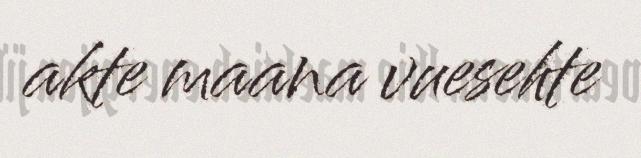
akte maana vuesehte